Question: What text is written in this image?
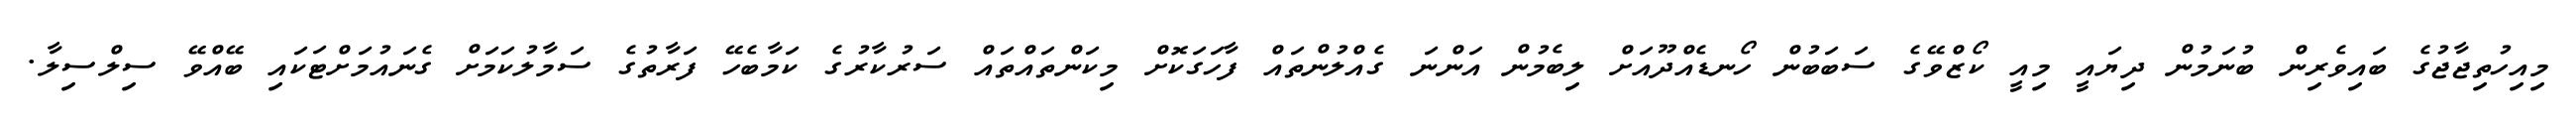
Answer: މިއިހުތިޖާޖުގެ ބައިވެރިން ބުނަމުން ދިޔައީ މިއީ ކޯޒްވޭގެ ސަބަބުން ހޯނޑެއްދޫއަށް ލިބެމުން އަންނަ ގެއްލުންތައް ފާހަގަކޮށް މިކަންތައްތައް ސަރުކާރުގެ ކަމާބެހޭ ފަރާތުގެ ސަމާލުކަމަށް ގެނައުމަށްޓަކައި ބޭއްވޭ ސިލްސިލާ.